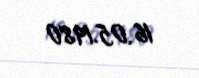
16.05.1980